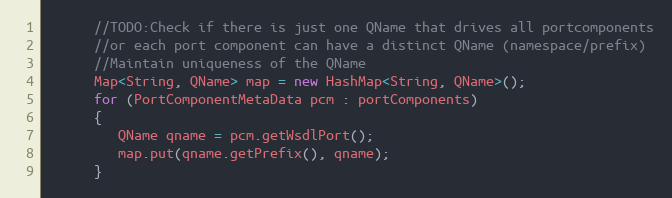
Language: Java
      //TODO:Check if there is just one QName that drives all portcomponents
      //or each port component can have a distinct QName (namespace/prefix)
      //Maintain uniqueness of the QName
      Map<String, QName> map = new HashMap<String, QName>();
      for (PortComponentMetaData pcm : portComponents)
      {
         QName qname = pcm.getWsdlPort();
         map.put(qname.getPrefix(), qname);
      }